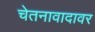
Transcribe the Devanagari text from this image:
चेतनावादावर